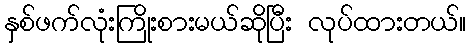
နှစ်ဖက်လုံးကြိုးစားမယ်ဆိုပြီး လုပ်ထားတယ်။